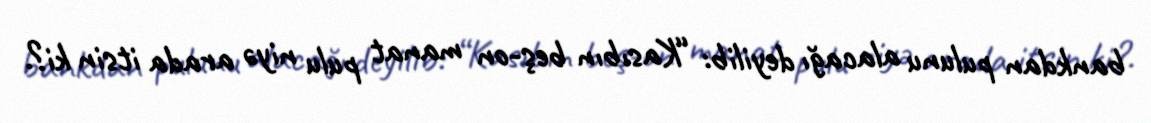
bankdan pulunu alacağı deyilib: “Kasıbın beş-on manat pulu niyə arada itsin ki?.